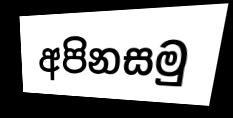
අපිනසමු